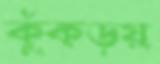
কুঁকড়য়